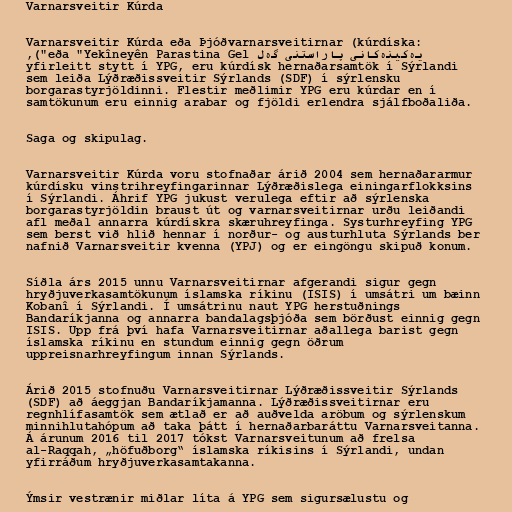
Varnarsveitir Kúrda

Varnarsveitir Kúrda eða Þjóðvarnarsveitirnar (kúrdíska:
یەکینەکانی پاراستنی گەل eða "Yekîneyên Parastina Gel"),
yfirleitt stytt í YPG, eru kúrdísk hernaðarsamtök í Sýrlandi
sem leiða Lýðræðissveitir Sýrlands (SDF) í sýrlensku
borgarastyrjöldinni. Flestir meðlimir YPG eru kúrdar en í
samtökunum eru einnig arabar og fjöldi erlendra sjálfboðaliða.

Saga og skipulag.

Varnarsveitir Kúrda voru stofnaðar árið 2004 sem hernaðararmur
kúrdísku vinstrihreyfingarinnar Lýðræðislega einingarflokksins
í Sýrlandi. Áhrif YPG jukust verulega eftir að sýrlenska
borgarastyrjöldin braust út og varnarsveitirnar urðu leiðandi
afl meðal annarra kúrdískra skæruhreyfinga. Systurhreyfing YPG
sem berst við hlið hennar í norður- og austurhluta Sýrlands ber
nafnið Varnarsveitir kvenna (YPJ) og er eingöngu skipuð konum.

Síðla árs 2015 unnu Varnarsveitirnar afgerandi sigur gegn
hryðjuverkasamtökunum íslamska ríkinu (ISIS) í umsátri um bæinn
Kobanî í Sýrlandi. Í umsátrinu naut YPG herstuðnings
Bandaríkjanna og annarra bandalagsþjóða sem börðust einnig gegn
ISIS. Upp frá því hafa Varnarsveitirnar aðallega barist gegn
íslamska ríkinu en stundum einnig gegn öðrum
uppreisnarhreyfingum innan Sýrlands.

Árið 2015 stofnuðu Varnarsveitirnar Lýðræðissveitir Sýrlands
(SDF) að áeggjan Bandaríkjamanna. Lýðræðissveitirnar eru
regnhlífasamtök sem ætlað er að auðvelda aröbum og sýrlenskum
minnihlutahópum að taka þátt í hernaðarbaráttu Varnarsveitanna.
Á árunum 2016 til 2017 tókst Varnarsveitunum að frelsa
al-Raqqah, „höfuðborg“ íslamska ríkisins í Sýrlandi, undan
yfirráðum hryðjuverkasamtakanna.

Ýmsir vestrænir miðlar líta á YPG sem sigursælustu og